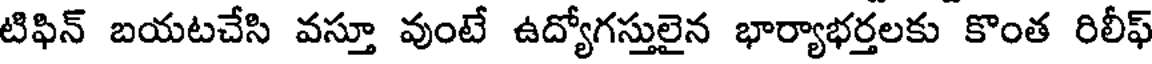
టిఫిన్ బయటచేసి వస్తూ వుంటే ఉద్యోగస్తులైన భార్యాభర్తలకు కొంత రిలీఫ్